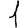
Digit: 1